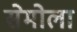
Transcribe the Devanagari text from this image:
सेमोला